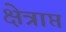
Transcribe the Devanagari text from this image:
क्षेत्राप्त